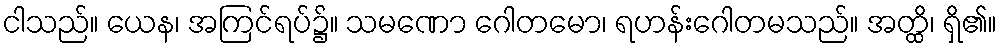
ငါသည်။ ယေန၊ အကြင်ရပ်၌။ သမဏော ဂေါတမော၊ ရဟန်းဂေါတမသည်။ အတ္ထိ၊ ရှိ၏။